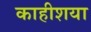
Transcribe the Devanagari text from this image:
काहीशया